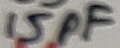
Text: 15pF